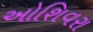
ઓશિવરા